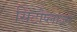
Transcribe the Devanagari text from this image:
सिटोप्लाज्म